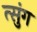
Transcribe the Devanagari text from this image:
त्सुंग